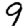
Digit: 9